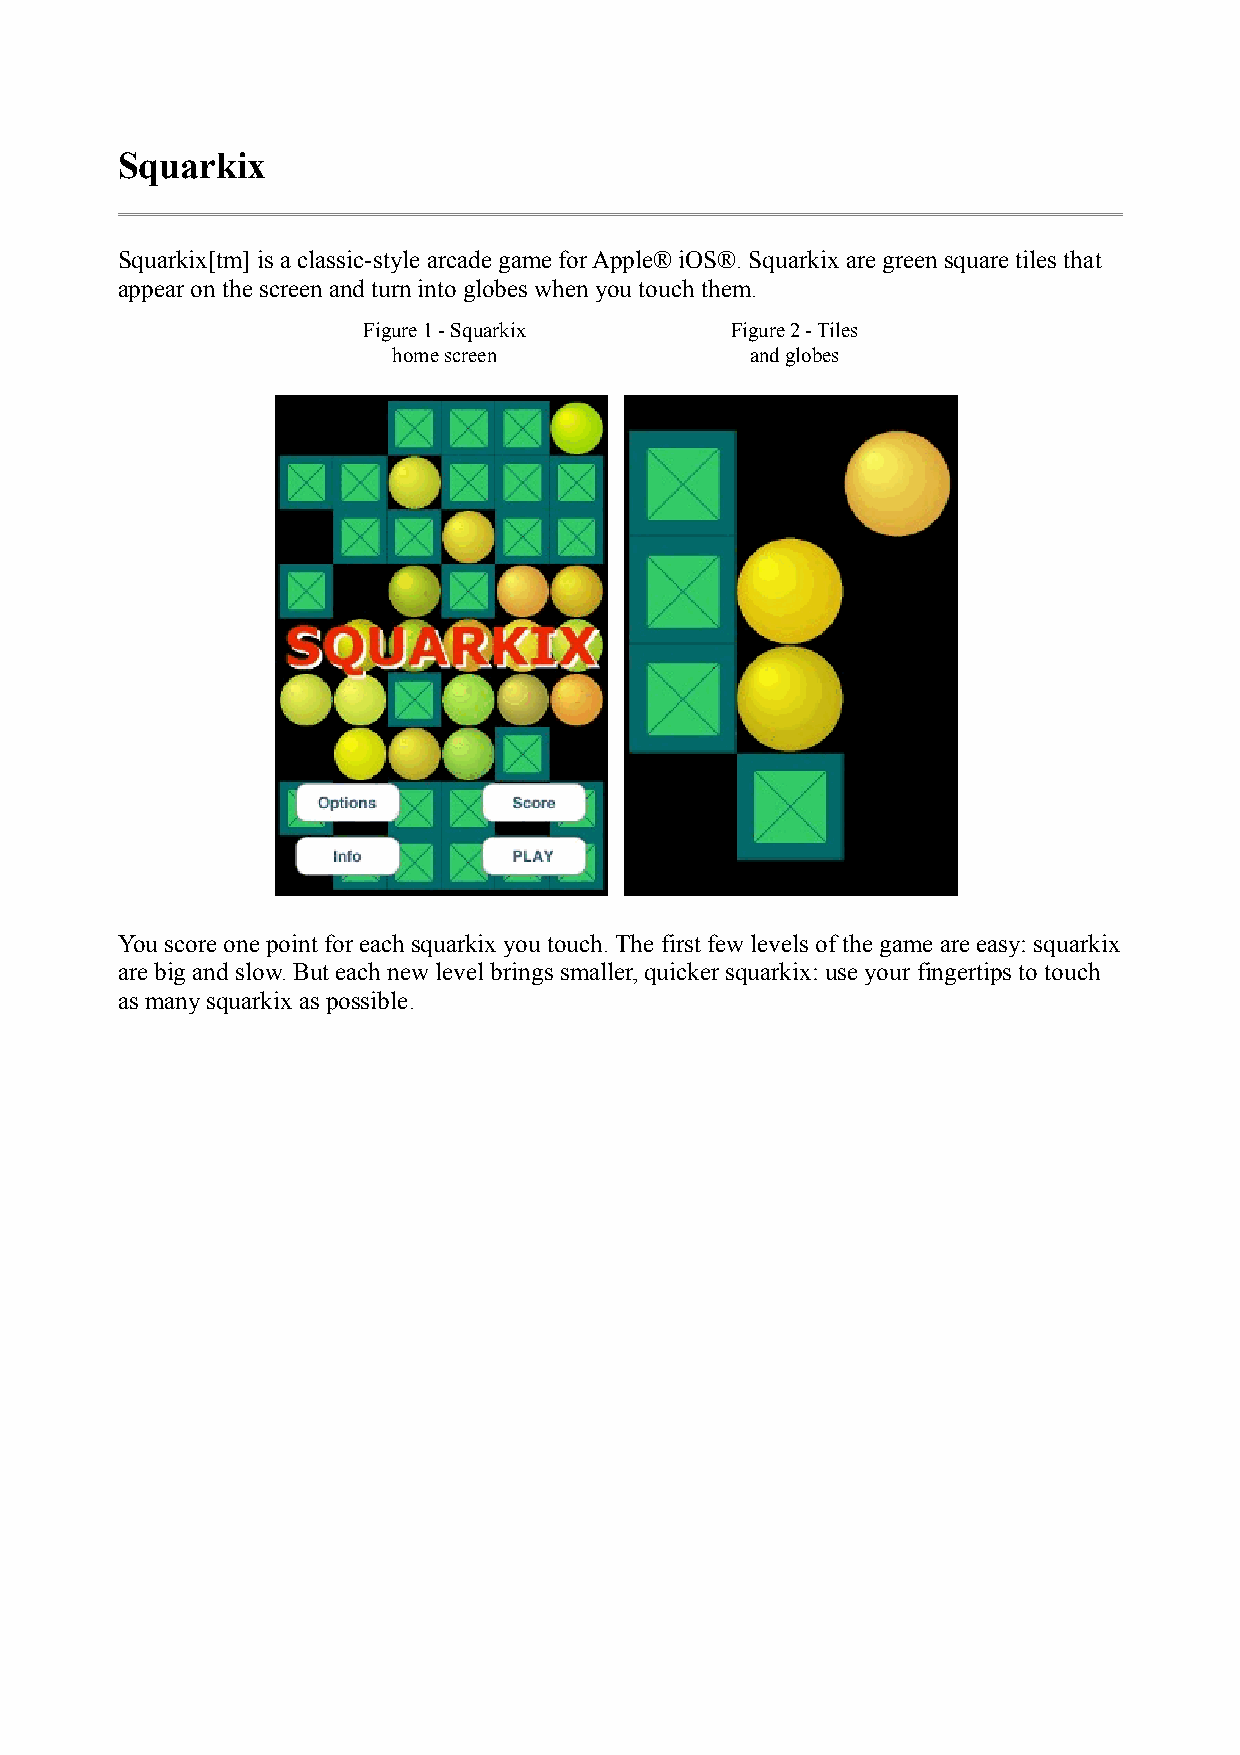
Squarkix
 Squarkix[tm] is a classic-style arcade game for Apple® iOS®. Squarkix are green square tiles that
 appear on the screen and turn into globes when you touch them.
 Figure 1 - Squarkix     Figure 2 - Tiles
 home screen             and globes
 You score one point for each squarkix you touch. The first few levels of the game are easy: squarkix
 are big and slow. But each new level brings smaller, quicker squarkix: use your fingertips to touch
 as many squarkix as possible.